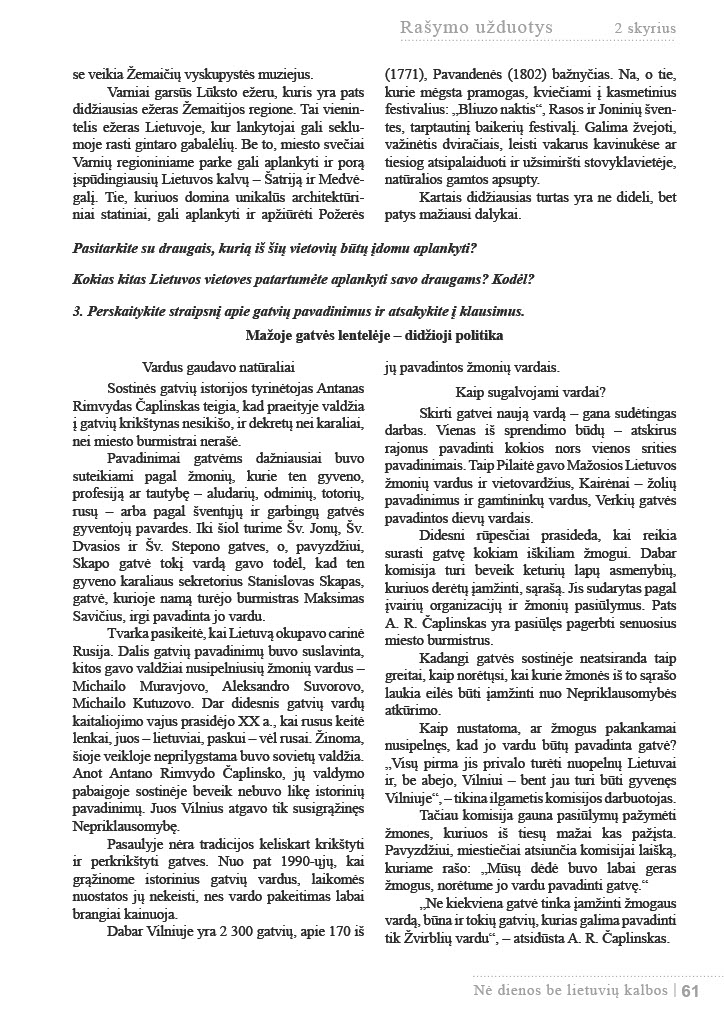
Language: lt